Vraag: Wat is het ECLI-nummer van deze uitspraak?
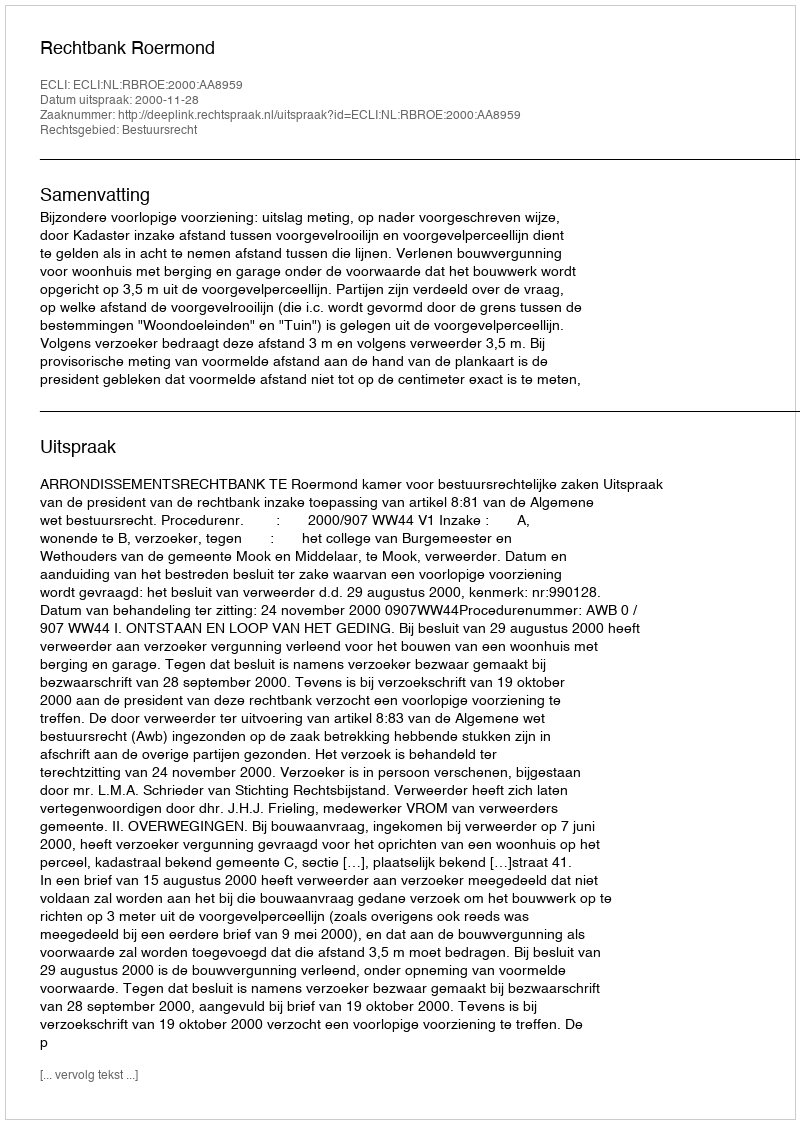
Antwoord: ECLI:NL:RBROE:2000:AA8959